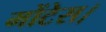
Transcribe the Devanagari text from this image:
मोंटेस।